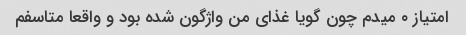
امتیاز ۰ میدم چون گویا غذای من واژگون شده بود و واقعا متاسفم